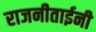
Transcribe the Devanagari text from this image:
राजनीताईनी